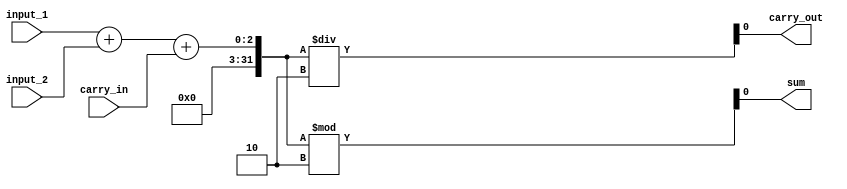
module full_adder(input_1, input_2, carry_in, sum, carry_out);
    input input_1, input_2, carry_in;
    output reg sum, carry_out;

    always@ (input_1 or input_2 or carry_in)
    begin   
        sum = (input_1 + input_2 + carry_in)%2;
        carry_out = (input_1 + input_2 + carry_in)/2;
        // {carry_out, sum} = (input_1 + input_2 + carry_in);
    end
endmodule

module full_adder_subtractor(input_1, input_2, borrow_in, difference, borrow_out, m);
    input input_1, input_2, borrow_in, m;
    output reg difference, borrow_out;

    always@ (input_1 or input_2 or borrow_in)
    begin   
        if (m === 0) 
        begin
             difference = (input_1 + input_2 + borrow_in)%2; borrow_out = (input_1 + input_2 + borrow_in)/2;
        end
        
        else begin
             difference = (input_1 - input_2 - borrow_in);
             if (difference >= 0)
             begin
                borrow_out = 0;
             end
             else
             begin
                borrow_out = 1;
                difference = -difference;
             end
        end
    end
endmodule

module testbench;
    reg input_1, input_2, carry_in, m;
    wire sum, carry_out;

    // full_adder f1(input_1, input_2, carry_in,sum, carry_out );
    full_adder_subtractor f2(input_1, input_2, carry_in, sum, carry_out, m);

    initial
    begin
        $monitor($time," a=%b, b=%b, cin=%b, m = %b, sum=%b, cout=%b",input_1,input_2,carry_in, m, sum,carry_out);
        #0 input_1=1'b0;input_2=1'b1;
        #2 carry_in=1'b1; m = 1'b1;
        #5 carry_in=1'b0; m = 1'b0;
        #10 input_1=1'b1;input_2=1'b0; //2'b11, 2'd3
        #15 carry_in=1'b1; m = 1'b1;
        #20 carry_in=1'b0; m = 1'b0;
        #100 $finish;
    end
endmodule